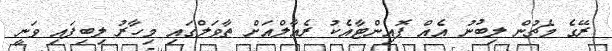
ރޭގެ މެޗުން ލިބުނު އެއް ޕޮއިންޓާއެކު ރެއާލްއަށް ތާވަލްގައި މިހާރު ލިބިފައި ވަނީ